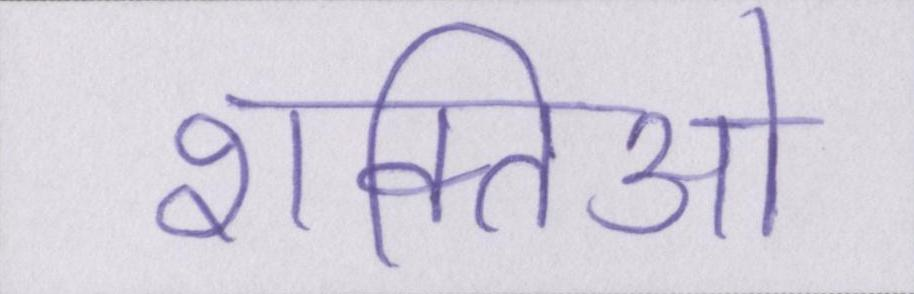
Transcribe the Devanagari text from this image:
शक्तिओ